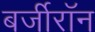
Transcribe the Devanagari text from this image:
बर्जीरॉन